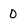
Character: 0